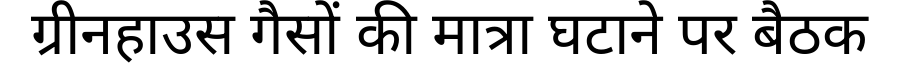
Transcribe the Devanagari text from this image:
ग्रीनहाउस गैसों की मात्रा घटाने पर बैठक